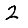
Digit: 2